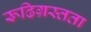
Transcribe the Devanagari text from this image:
रूढिग्रस्तता